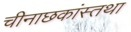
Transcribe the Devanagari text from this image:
चीनाछकांस्तथा